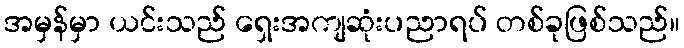
အမှန်မှာ ယင်းသည် ရှေးအကျဆုံးပညာရပ် တစ်ခုဖြစ်သည်။